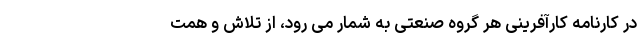
در کارنامه کارآفرینی هر گروه صنعتی به شمار می رود، از تلاش و همت